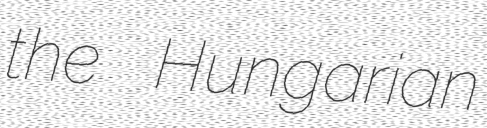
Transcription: the Hungarian